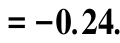
$=-0.24$